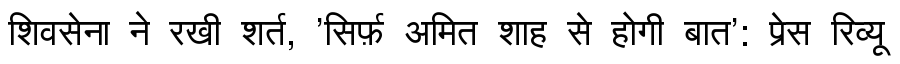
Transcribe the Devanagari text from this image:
शिवसेना ने रखी शर्त, 'सिर्फ़ अमित शाह से होगी बात': प्रेस रिव्यू